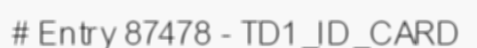
# Entry 87478 - TD1_ID_CARD